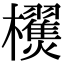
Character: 𣠜